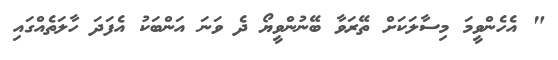
" އެހެންވީމަ މިސާލަކަށް ތޭރަވާ ބޭނުންވީޔޯ ދެ ވަނަ އަންބަކު އެފަދަ ހާލަތެއްގައި